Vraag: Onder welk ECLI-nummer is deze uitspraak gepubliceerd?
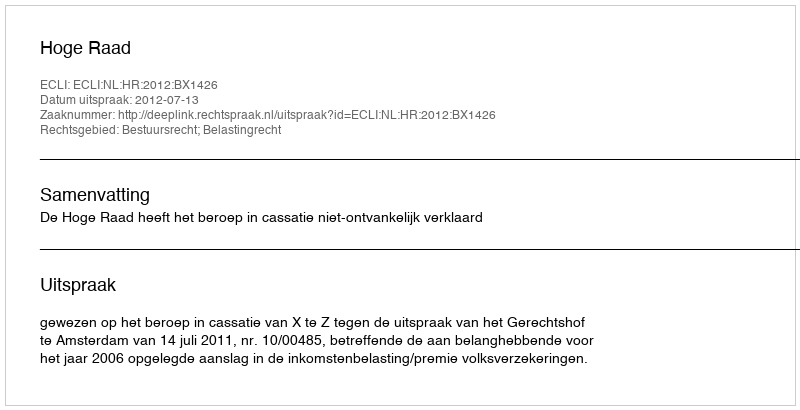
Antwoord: ECLI:NL:HR:2012:BX1426